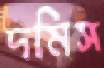
দমিস